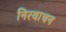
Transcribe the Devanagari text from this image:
निरवाचन